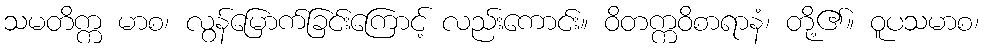
သမတိက္က မာစ၊ လွန်မြောက်ခြင်းကြောင့် လည်းကောင်း။ ဝိတက္ကဝိစာရာနံ၊ တို့၏။ ဝူပသမာစ၊